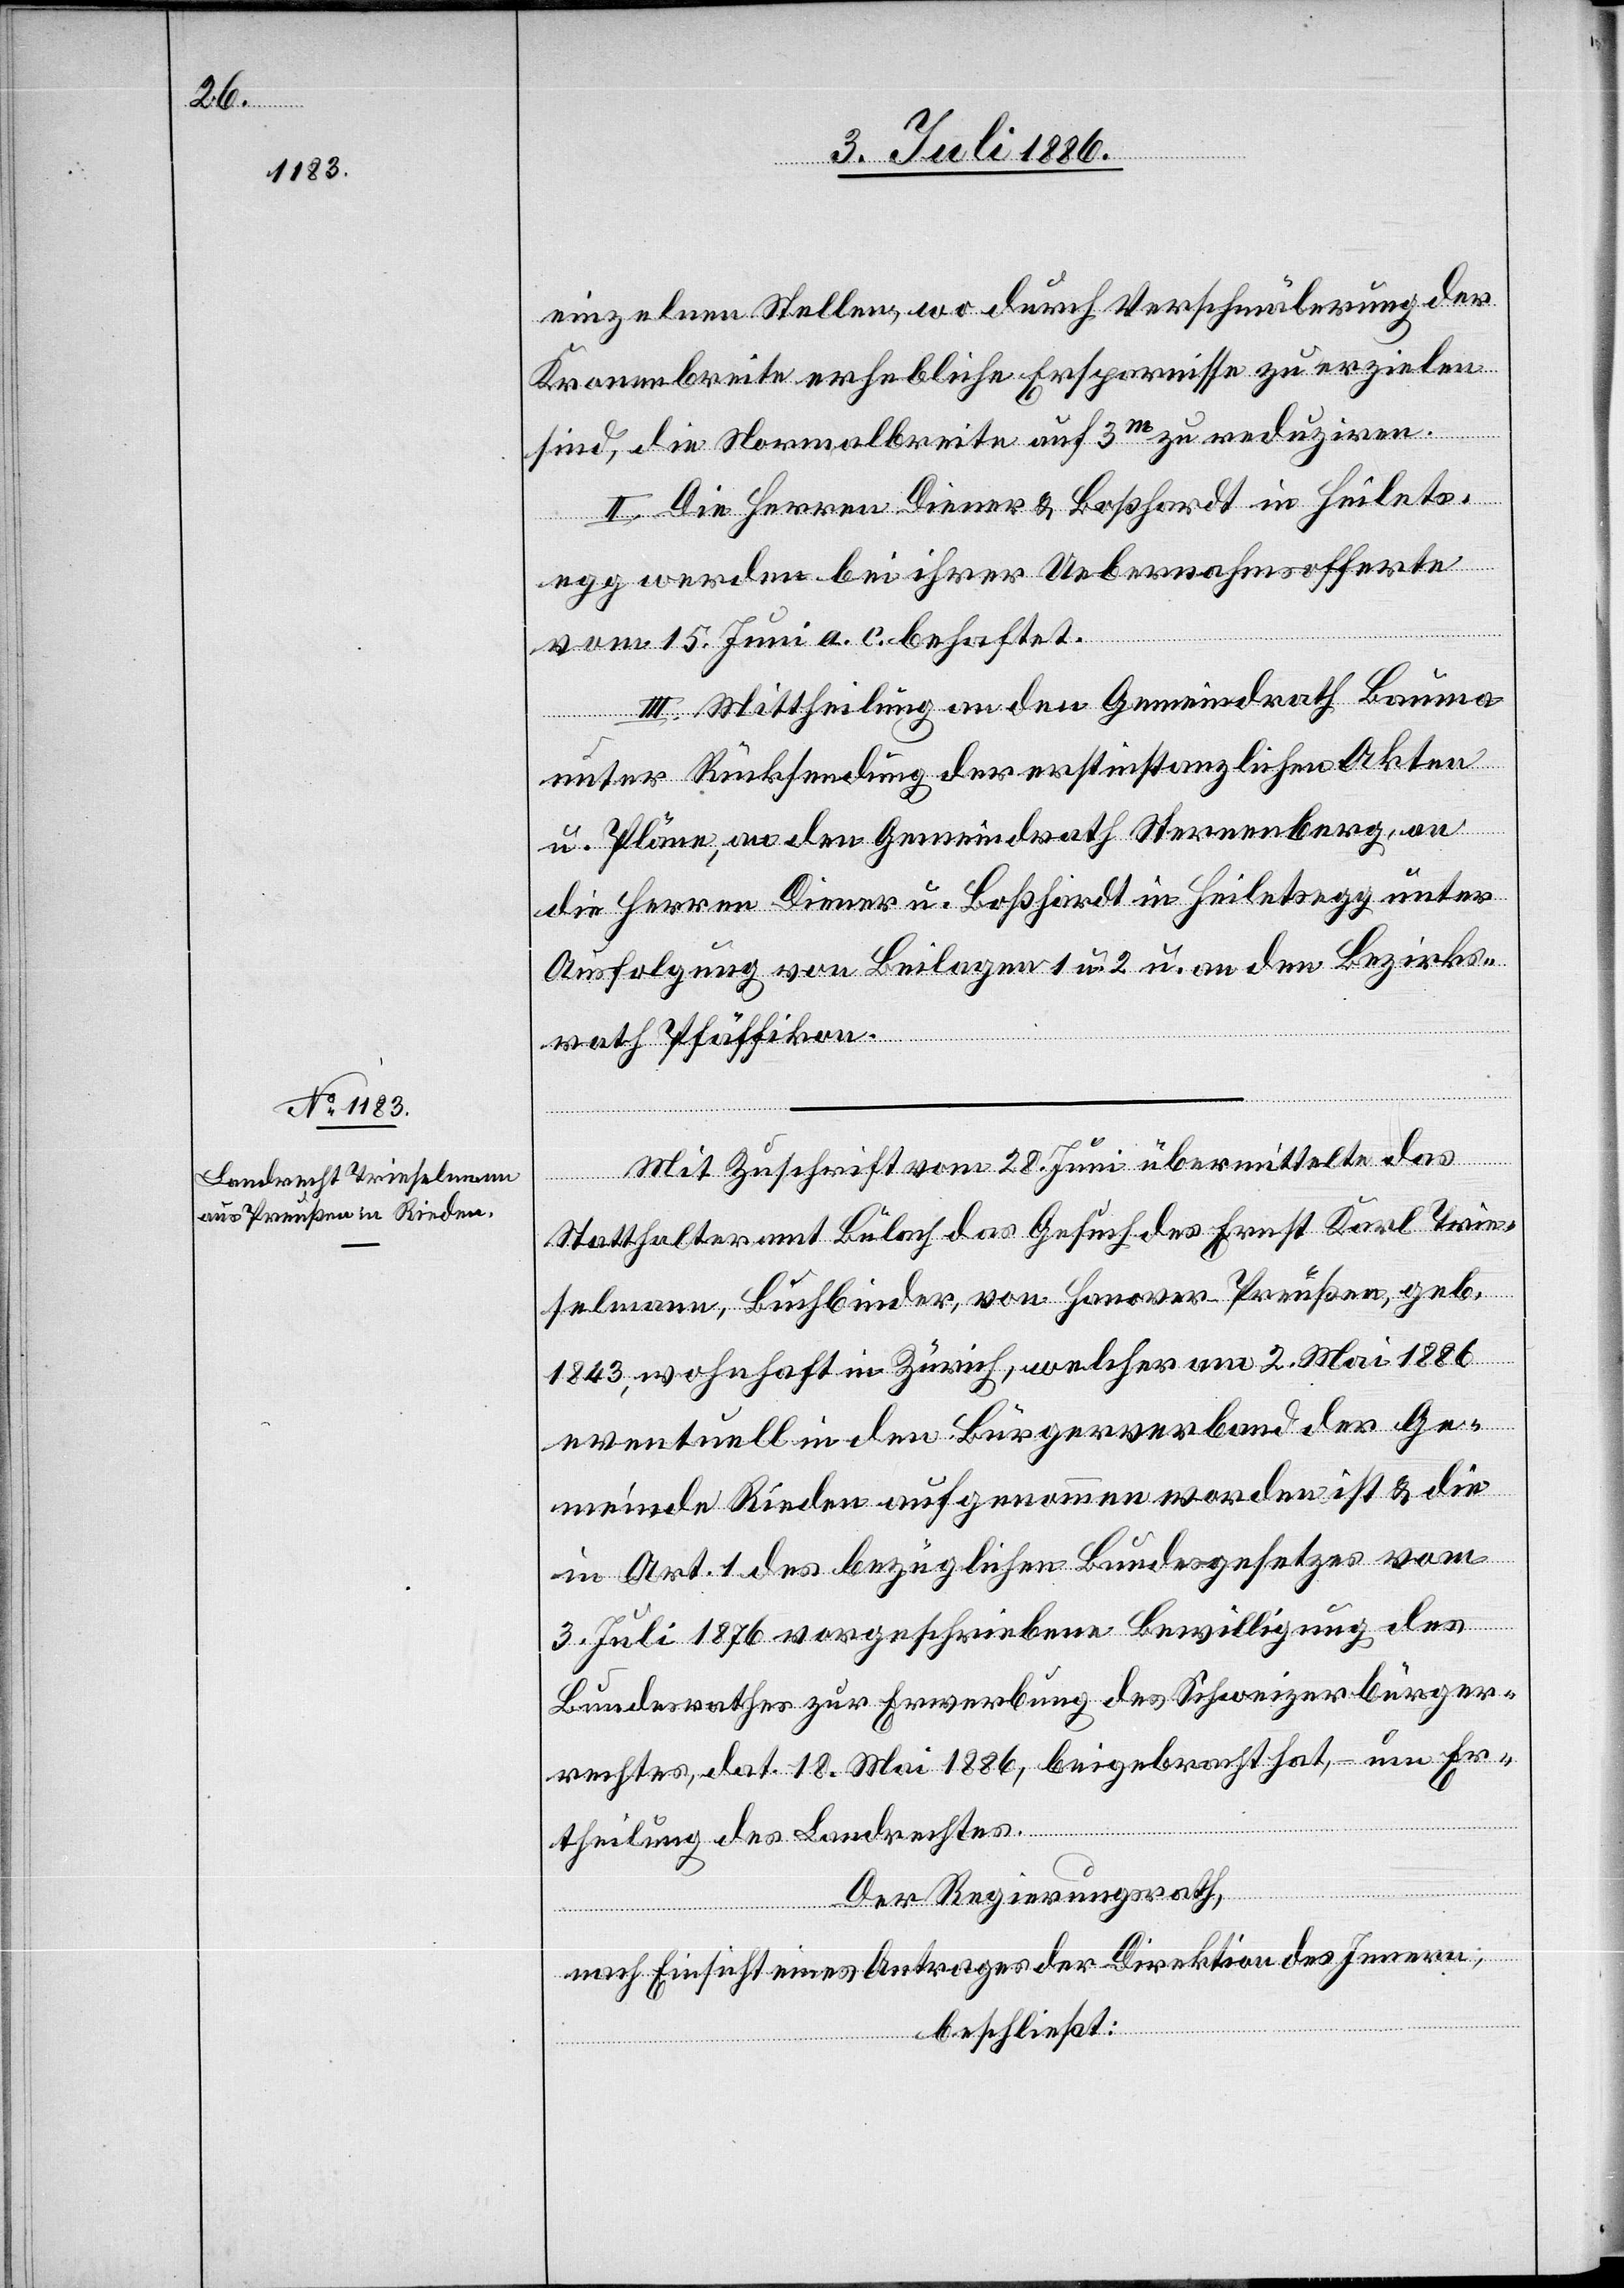
einzelnen Stellen, wo durch Verschmälerung der
Kronenbreite erhebliche Ersparnisse zu erzielen
sind, die Normalbreite auf 3m zu reduziren.
II. Die Herren Diener & Boßhardt in Heilets¬
egg werden bei ihrer Uebernahmsofferte
vom 15. Juni a. c. behaftet.
III. Mittheilung an den Gemeindrath Bauma
unter Rücksendung der erstinstanzlichen Akten
u. Pläne, an den Gemeindrath Sternenberg, an
die Herren Diener u. Boßhardt in Heiletsegg unter
Ausfolgung von Beilagen 1 und 2 u. an den Bezirks¬
rath Pfäffikon.
Mit Zuschrift vom 28. Juni übermittelte das
Statthalteramt Bülach das Gesuch des Ernst Karl Trie¬
selmann, Buchbinder, von Hanover - Preußen, geb.
1843, wohnhaft in Zürich, welcher am 2. Mai 1886
eventuell in den Bürgerverband der Ge¬
meinde Rieden aufgenommen worden ist & die
in Art. 1 des bezüglichen Bundesgesetzes vom
3. Juli 1876 vorgeschriebene Bewilligung des
Bundesrathes zur Erwerbung des Schweizerbürger¬
rechtes, dat. 18. Mai 1886, beigebracht hat, um Er¬
theilung des Landrechtes.
Der Regierungsrath,
nach Einsicht eines Antrages der Direktion des Innern,
beschließt: